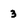
Character: 3